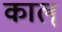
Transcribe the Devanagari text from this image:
काल्